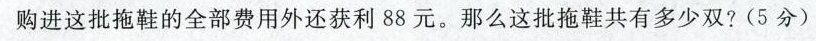
购进这批拖鞋的全部费用外还获利88元。那么这批拖鞋共有多少双?(5分)